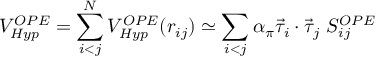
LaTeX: V _ { H y p } ^ { O P E } = \sum _ { i < j } ^ { N } V _ { H y p } ^ { O P E } ( r _ { i j } ) \simeq \sum _ { i < j } \alpha _ { \pi } \vec { \tau } _ { i } \cdot \vec { \tau } _ { j } \ S _ { i j } ^ { O P E }